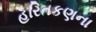
હરિતકણના